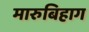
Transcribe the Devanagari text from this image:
मारुबिहाग